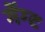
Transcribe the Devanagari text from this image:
गेंग्ट